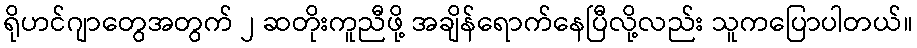
ရိုဟင်ဂျာတွေအတွက် ၂ ဆတိုးကူညီဖို့ အချိန်ရောက်နေပြီလို့လည်း သူကပြောပါတယ်။